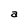
Character: a